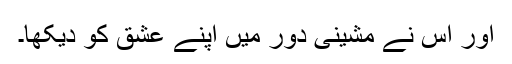
اور اس نے مشینی دور میں اپنے عشق کو دیکھا۔